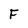
Character: F